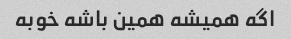
اگه همیشه همین باشه خوبه